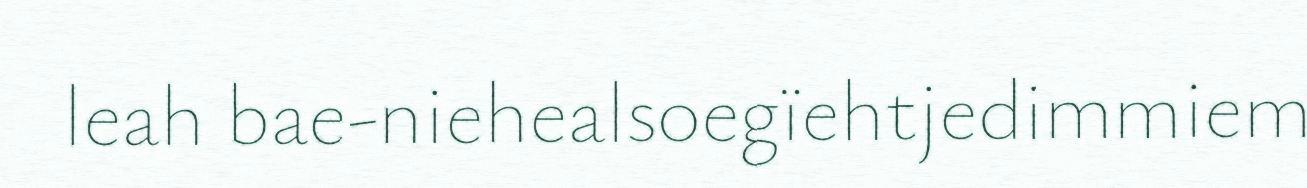
leah bae-niehealsoegïehtjedimmiem